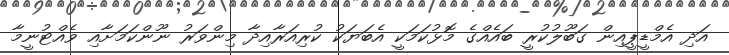
އަދި އެމްޑީޕީއިން ގަބޫލުކުރީ ބައެއްގެ މޮޅުކަމަކީ އެބަޔަކު ކުރިއަރާއިދާ މިންވަރު ނޫންކަމަށާއި ވެއްޓުނީމާ